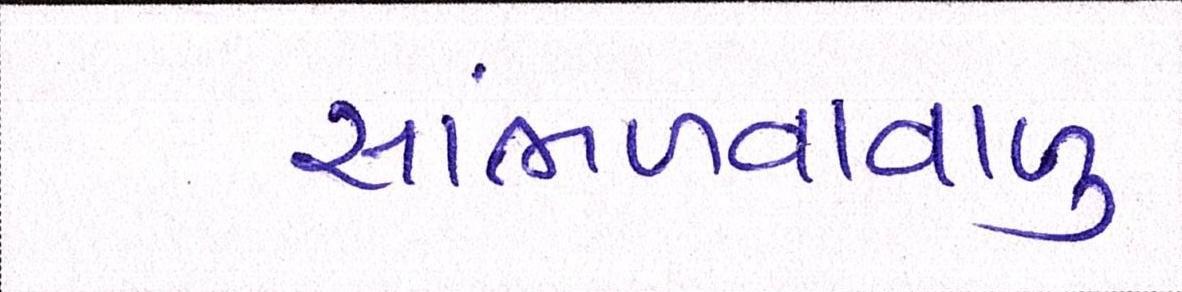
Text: સાંભળવાવાળુ